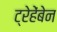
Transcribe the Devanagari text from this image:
ट्रेहेंबेन